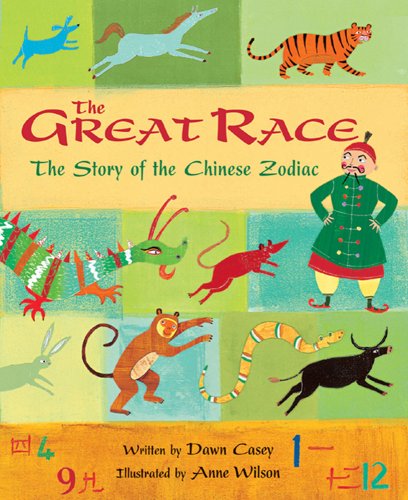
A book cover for Great Race; Dawn Casey; Children's Books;